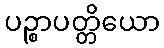
ပဉ္စာပတ္တိယော